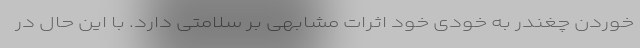
خوردن چغندر به خودی خود اثرات مشابهی بر سلامتی دارد. با این حال در